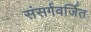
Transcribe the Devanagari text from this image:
संसर्गवर्जित